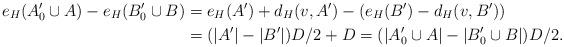
LaTeX: \begin{align*}e_H(A'_0 \cup A)-e_H(B'_0 \cup B) & = e_H(A') +d_H(v,A') -(e_H(B')-d_H(v,B')) \\& = (|A'|-|B'|)D/2 +D =(|A'_0 \cup A|-|B'_0 \cup B|)D/2.\end{align*}